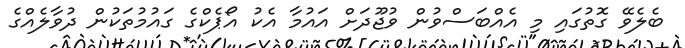
ބެލެވޭ ގޮތުގައި މި އެއްބަސްވުން ވުޖޫދަށް އައުމާ އެކު އޯޕެކްގެ ގައުމުތަކުން ދުވާލެއްގެ